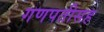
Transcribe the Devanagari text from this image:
गणपतीसह